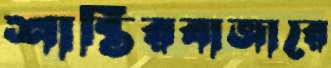
শান্তিরবাজারে